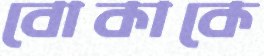
বোকাকে